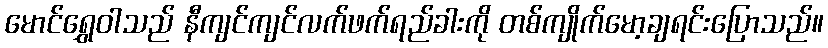
မောင်ရွှေဝါသည် နီကျင်ကျင်လက်ဖက်ရည်ခါးကို တစ်ကျိုက်မော့ချရင်းပြောသည်။